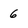
Character: 6